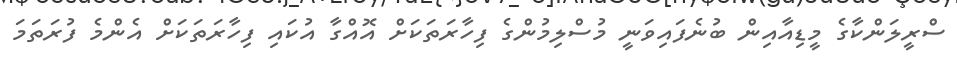
ސްރީލަންކާގެ މީޑިއާއިން ބުނެފައިވަނީ މުސްލިމުންގެ ފިހާރަތަކަށް އޮއްގާ އުކައި ފިހާރަތަކަށް އެންމެ ފުރަތަމަ